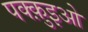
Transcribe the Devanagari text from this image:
पक्क़ुइओ